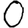
Digit: 0